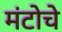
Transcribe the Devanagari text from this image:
मंटोचे